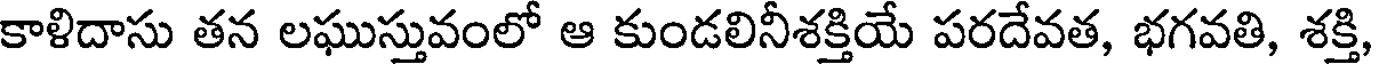
కాళిదాసు తన లఘుస్తువంలో ఆ కుండలినీశక్తియే పరదేవత, భగవతి, శక్తి